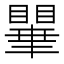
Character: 𭿥